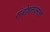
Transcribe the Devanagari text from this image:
संबोधनात्मक